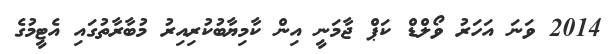
2014 ވަނަ އަހަރު ވޯލްޑް ކަޕް ޖާމަނީ އިން ކާމިޔާބުކުރިއިރު މުބާރާތުގައި އެޓީމުގެ